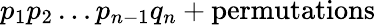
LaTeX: p_{1}p_{2}\ldots p_{n-1}q_{n}+\mathrm{permutations}